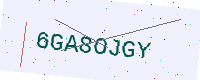
Text: 6GA8OJGY